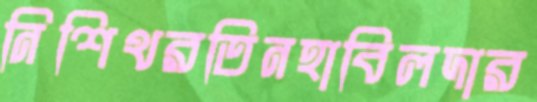
নিশিথরতিনহাবিলদার